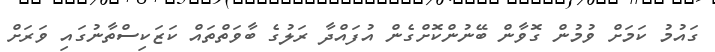
ގައުމު ކަމަށް ވުމުން ގޮވާން ބޭނުންކޮށްގެން އުފައްދާ ރަލުގެ ބާވަތްތައް ކަޒަކިސްތާނުގައި ވަރަށް